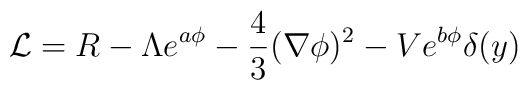
{\cal L}=R-\Lambda e^{a\phi}-\frac{4}{3}(\nabla\phi)^2-Ve^{b\phi}\delta(y)